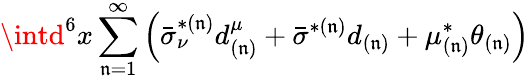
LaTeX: \intd^{6}x\sum_{\mathfrak{n}=1}^{\infty}\left(\bar{{\sigma}}_{\nu}^{*(\mathfrak{n})}d_{(\mathfrak{n})}^{\mu}+\bar{{\sigma}}^{*(\mathfrak{n})}d_{(\mathfrak{n})}+\mu_{(\mathfrak{n})}^{*}\theta_{(\mathfrak{n})}\right)